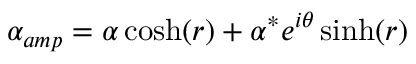
\alpha _ { a m p } = \alpha \cosh ( r ) + \alpha ^ { * } e ^ { i \theta } \sinh ( r )